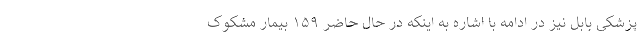
پزشکی بابل نیز در ادامه با اشاره به اینکه در حال حاضر ۱۵۹ بیمار مشکوک